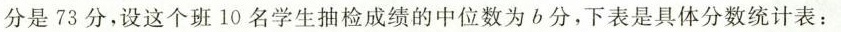
分是73分，设这个班10名学生抽检成绩的中位数为b分，下表是具体分数统计表：